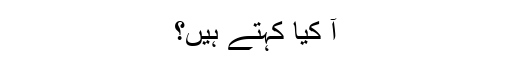
آّ کیا کہتے ہیں؟